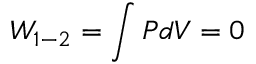
W _ { 1 - 2 } = \int P d V = 0